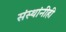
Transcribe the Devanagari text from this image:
संस्थांनीही